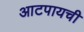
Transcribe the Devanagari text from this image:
आटपायची